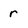
Character: r